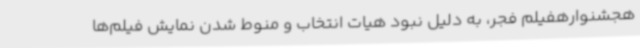
هجشنوارهفیلم فجر، به دلیل نبود هیات انتخاب و منوط شدن نمایش فیلم‌ها